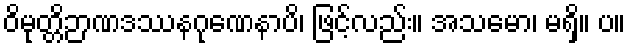
ဝိမုတ္တိဉာဏဒဿနဂုဏေနာပိ၊ ဖြင့်လည်း။ အသမော၊ မရှိ။ ပ။